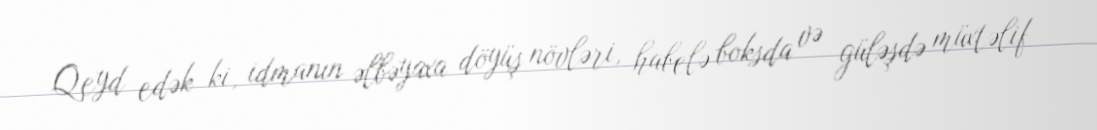
Qeyd edək ki, idmanın əlbəyaxa döyüş növləri, habelə boksda və güləşdə müxtəlif